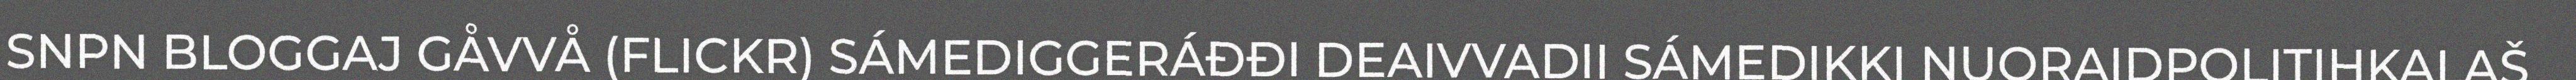
SNPN BLOGGAJ GÅVVÅ (FLICKR) SÁMEDIGGERÁĐĐI DEAIVVADII SÁMEDIKKI NUORAIDPOLITIHKALAŠ